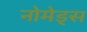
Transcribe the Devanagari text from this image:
नोमेड्स